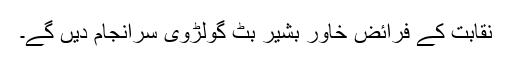
نقابت کے فرائض خاور بشیر بٹ گولڑوی سرانجام دیں گے۔